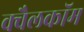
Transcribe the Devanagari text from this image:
क्वैलकॉम